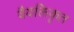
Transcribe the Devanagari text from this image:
वैयक्तिकृत